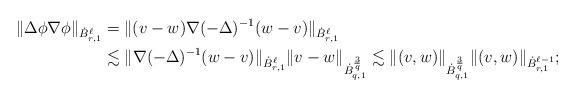
LaTeX: \begin{align*} \|\Delta\phi\nabla\phi\|_{\dot{B}^{\ell}_{r,1}}&=\|(v-w)\nabla(-\Delta)^{-1}(w-v)\|_{\dot{B}^{\ell}_{r,1}}\\ &\lesssim \|\nabla(-\Delta)^{-1}(w-v)\|_{\dot{B}^{\ell}_{r,1}} \|v-w\|_{\dot{B}^{\frac{3}{q}}_{q,1}}\lesssim \|(v,w)\|_{\dot{B}^{\frac{3}{q}}_{q,1}}\|(v,w)\|_{\dot{B}^{\ell-1}_{r,1}};\end{align*}